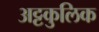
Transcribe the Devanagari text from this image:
अट्टकुलिक